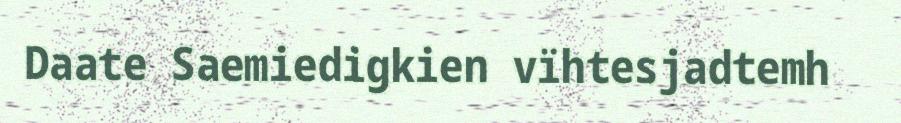
Daate Saemiedigkien vïhtesjadtemh